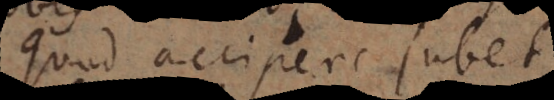
Quod accipere jubet,